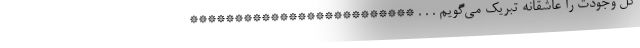
گل وجودت را عاشقانه تبریک می‌گویم . . . *************************